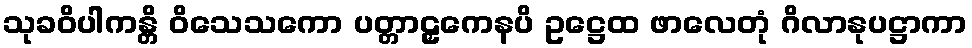
သုခဝိပါကန္တိ ဝိသေသကော ပတ္တာဠှကေနပိ ဥဋ္ဌေထ ဖာလေတုံ ဂိလာနုပဋ္ဌာကာ